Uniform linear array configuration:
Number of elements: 16
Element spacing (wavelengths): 1
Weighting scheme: uniform
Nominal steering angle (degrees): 0
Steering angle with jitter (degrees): -1.439
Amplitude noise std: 0.05
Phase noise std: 0.05

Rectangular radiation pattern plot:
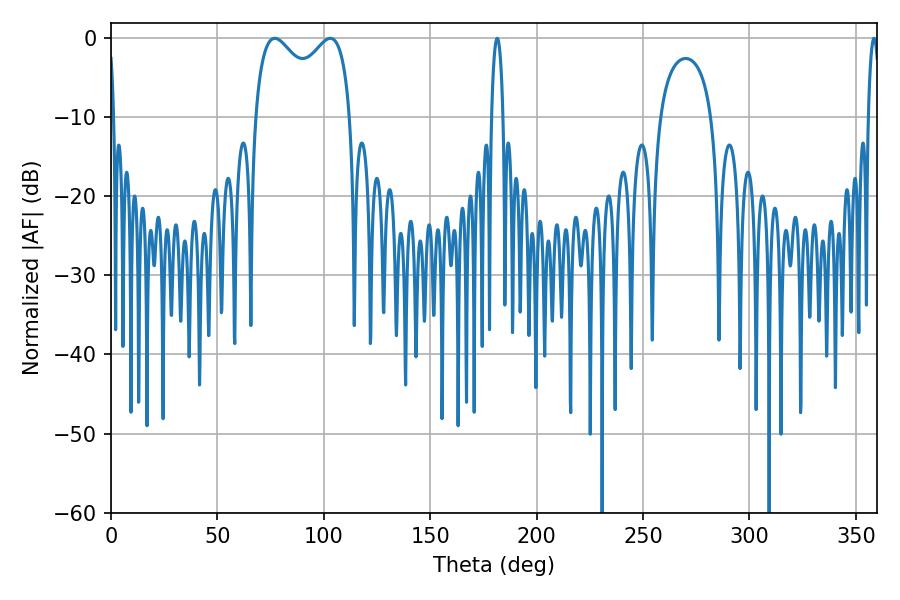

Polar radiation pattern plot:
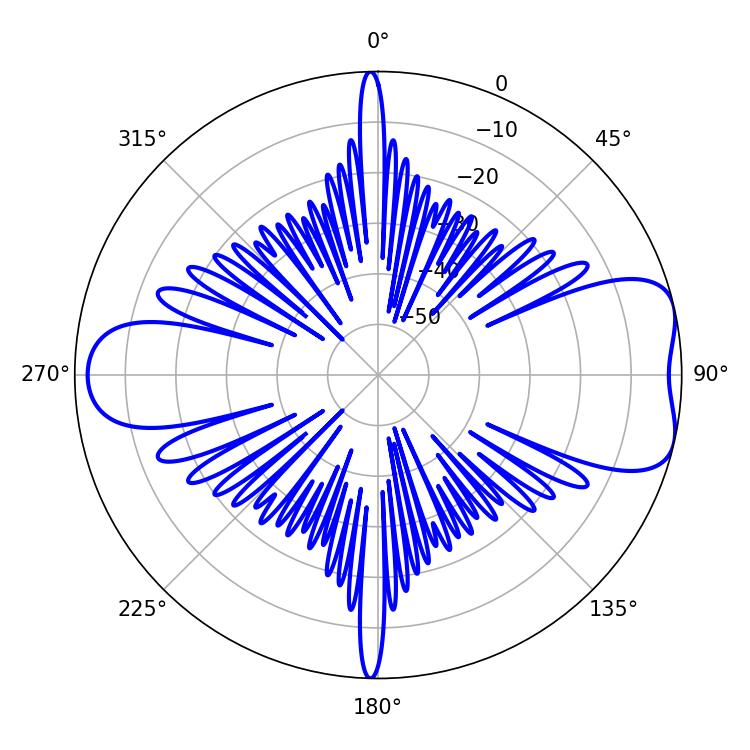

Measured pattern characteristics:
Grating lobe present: TRUE
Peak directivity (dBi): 7.392
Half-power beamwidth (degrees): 37.44
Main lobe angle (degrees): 77.04